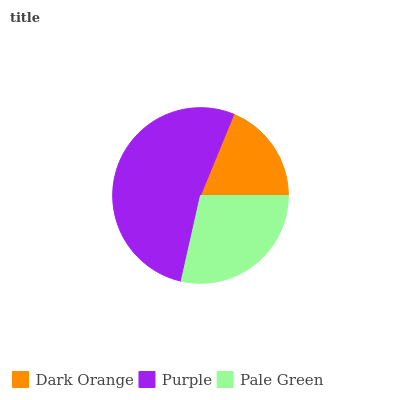
| Dark Orange | Purple | Pale Green |
 | --- | --- | --- |
 | 18.8% | 52.7% | 28.5% |